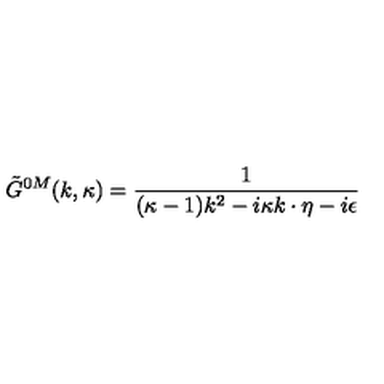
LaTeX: \tilde { G } ^ { 0 M } ( k , \kappa ) = { \frac { 1 } { ( \kappa - 1 ) k ^ { 2 } - i \kappa k \cdot \eta - i \epsilon } }